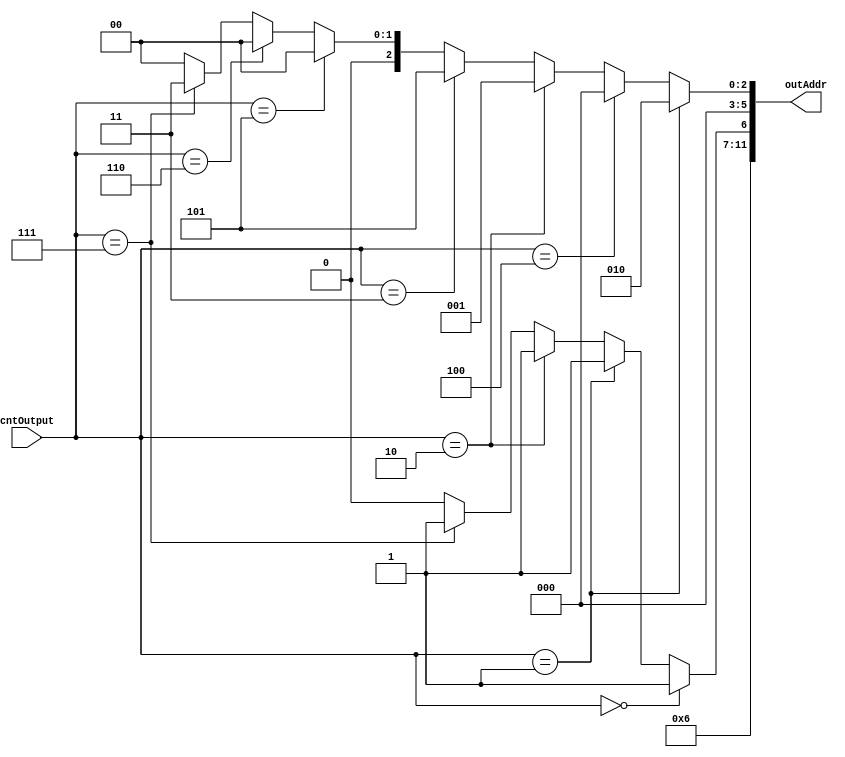
// **************************************************************************************
// Project: AFTAB
// Version: 1.0
// Date:
//
// Module Name: aftab_CSR_addressing_decoder
// Description:
//
// Dependencies:
//
// File content description:
// aftab_CSR_addressing_decoder for AFTAB interrupt
//
// **************************************************************************************
`timescale 1ns/1ns

module aftab_CSR_addressing_decoder (
	input [2:0] cntOutput,
	output [11:0] outAddr
);

	assign outAddr[11:8] = 4'b0011;
	assign outAddr[7] = 1'b0;
	assign outAddr[6] = cntOutput == 3'b000 ? 1'b1 :
						cntOutput == 3'b001 ? 1'b1 :
						cntOutput == 3'b010 ? 1'b1 :
						cntOutput == 3'b111 ? 1'b1 :
						1'b0;
	assign outAddr[5:3] = 3'b000;
	assign outAddr[2:0] = cntOutput == 3'b001 ? 3'b010 : // mcause
                          cntOutput == 3'b100 ? 3'b000 : // mstatus
                          cntOutput == 3'b010 ? 3'b001 : // mepc
                          cntOutput == 3'b011 ? 3'b101 : // mtvec
                          cntOutput == 3'b101 ? 3'b000 :
                          cntOutput == 3'b110 ? 3'b000 :
                          cntOutput == 3'b111 ? 3'b011 : // mtval
                          3'b000;

endmodule